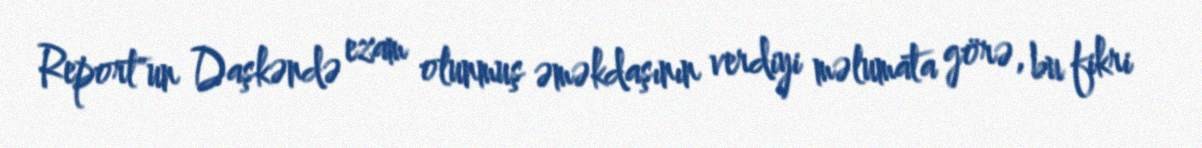
Report"un Daşkəndə ezam olunmuş əməkdaşının verdiyi məlumata görə, bu fikri